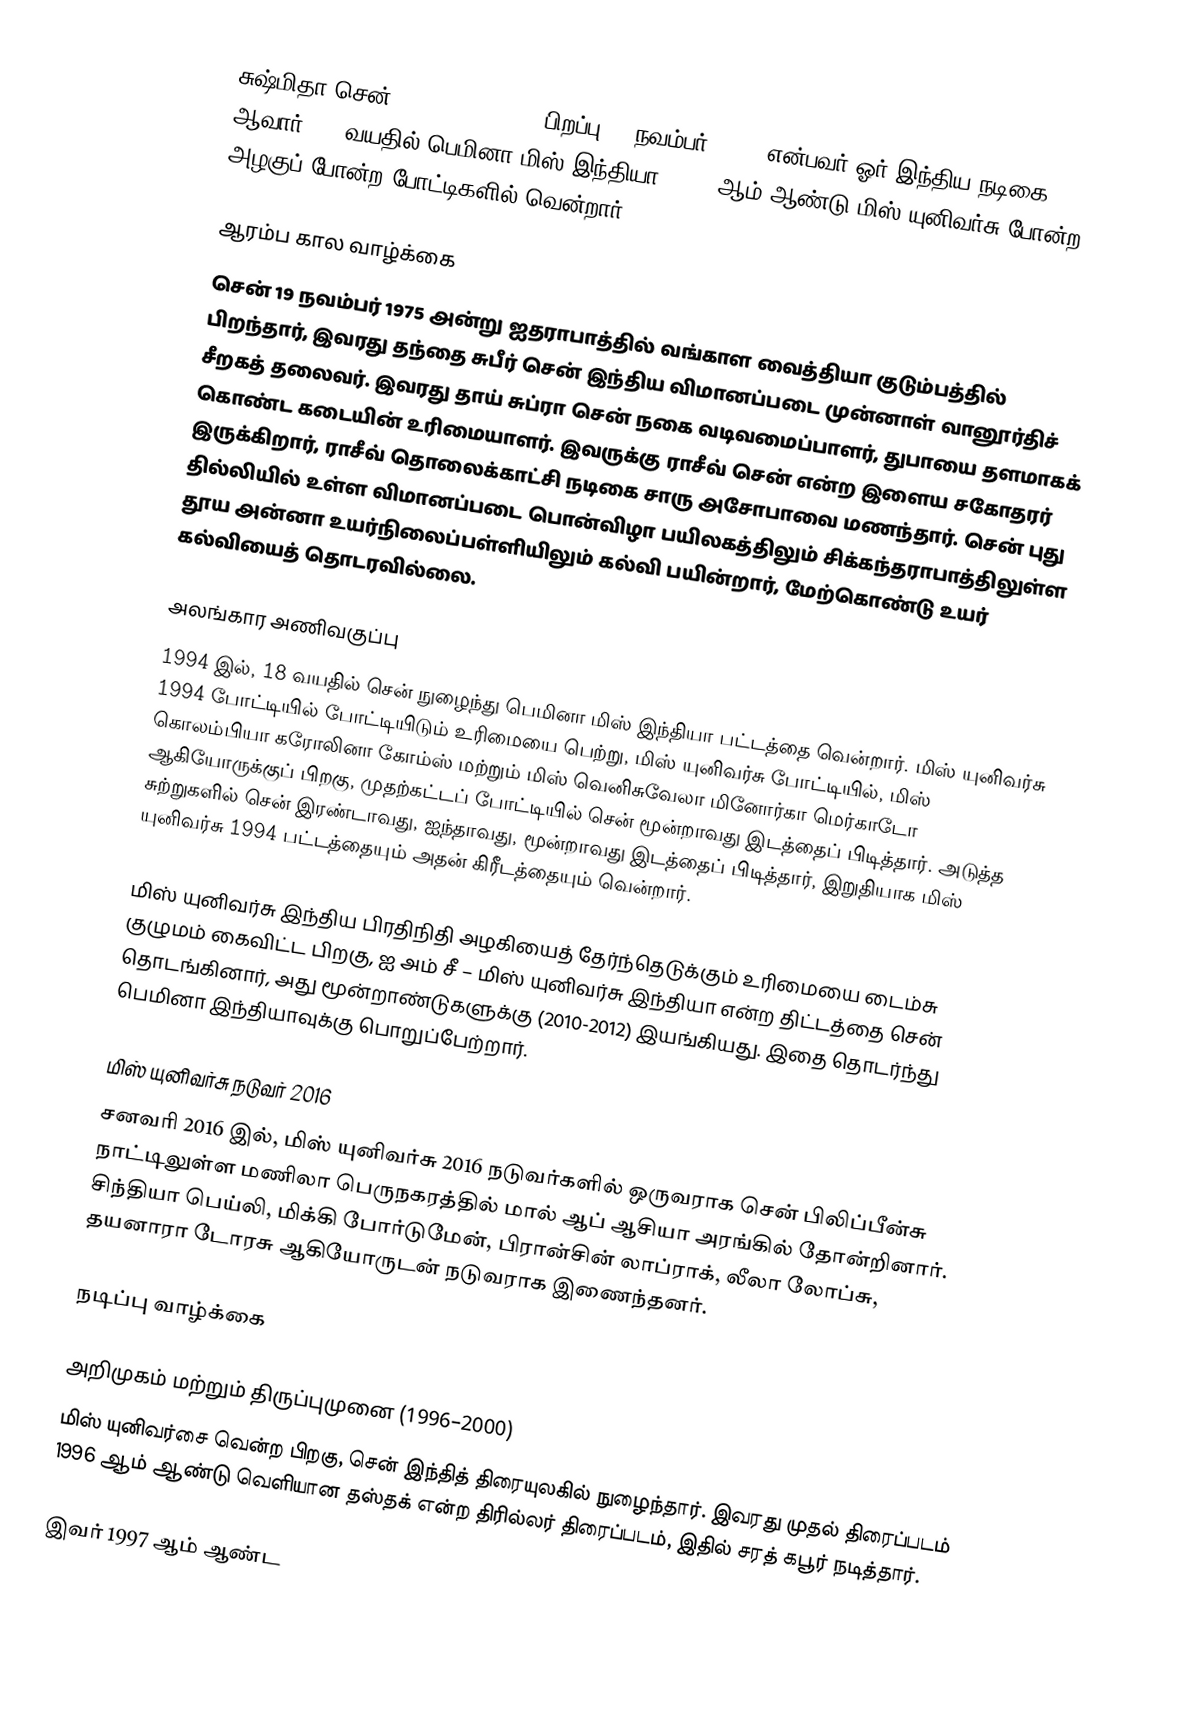
சுஷ்மிதா சென் (Sushmita Sen; , பிறப்பு 19 நவம்பர் 1975) என்பவர் ஓர் இந்திய நடிகை ஆவார். 18 வயதில் பெமினா மிஸ் இந்தியா, 1994 ஆம் ஆண்டு மிஸ் யுனிவர்சு போன்ற அழகுப் போன்ற போட்டிகளில் வென்றார்.

ஆரம்ப கால வாழ்க்கை
சென் 19 நவம்பர் 1975 அன்று ஐதராபாத்தில் வங்காள வைத்தியா குடும்பத்தில் பிறந்தார், இவரது தந்தை சுபீர் சென் இந்திய விமானப்படை முன்னாள் வானூர்திச் சீறகத் தலைவர். இவரது தாய் சுப்ரா சென் நகை வடிவமைப்பாளர், துபாயை தளமாகக் கொண்ட கடையின் உரிமையாளர். இவருக்கு ராசீவ் சென் என்ற இளைய சகோதரர் இருக்கிறார், ராசீவ் தொலைக்காட்சி நடிகை சாரு அசோபாவை மணந்தார். சென் புது தில்லியில் உள்ள விமானப்படை பொன்விழா பயிலகத்திலும் சிக்கந்தராபாத்திலுள்ள தூய அன்னா உயர்நிலைப்பள்ளியிலும் கல்வி பயின்றார், மேற்கொண்டு உயர் கல்வியைத் தொடரவில்லை.

அலங்கார அணிவகுப்பு
1994 இல், 18 வயதில் சென் நுழைந்து பெமினா மிஸ் இந்தியா பட்டத்தை வென்றார். மிஸ் யுனிவர்சு 1994 போட்டியில் போட்டியிடும் உரிமையை பெற்று, மிஸ் யுனிவர்சு போட்டியில், மிஸ் கொலம்பியா கரோலினா கோம்ஸ் மற்றும் மிஸ் வெனிசுவேலா மினோர்கா மெர்காடோ ஆகியோருக்குப் பிறகு, முதற்கட்டப் போட்டியில் சென் மூன்றாவது இடத்தைப் பிடித்தார். அடுத்த சுற்றுகளில் சென் இரண்டாவது, ஐந்தாவது, மூன்றாவது இடத்தைப் பிடித்தார், இறுதியாக மிஸ் யுனிவர்சு 1994 பட்டத்தையும் அதன் கிரீடத்தையும் வென்றார்.

மிஸ் யுனிவர்சு இந்திய பிரதிநிதி அழகியைத் தேர்ந்தெடுக்கும் உரிமையை டைம்சு குழுமம் கைவிட்ட பிறகு, ஐ அம் சீ – மிஸ் யுனிவர்சு இந்தியா என்ற திட்டத்தை சென் தொடங்கினார், அது மூன்றாண்டுகளுக்கு (2010-2012) இயங்கியது. இதை தொடர்ந்து பெமினா இந்தியாவுக்கு பொறுப்பேற்றார்.

மிஸ் யுனிவர்சு நடுவர் 2016
சனவரி 2016 இல், மிஸ் யுனிவர்சு 2016 நடுவர்களில் ஒருவராக சென் பிலிப்பீன்சு நாட்டிலுள்ள மணிலா பெருநகரத்தில் மால் ஆப் ஆசியா அரங்கில் தோன்றினார். சிந்தியா பெய்லி, மிக்கி போர்டுமேன், பிரான்சின் லாப்ராக், லீலா லோப்சு, தயனாரா டோரசு ஆகியோருடன் நடுவராக இணைந்தனர்.

நடிப்பு வாழ்க்கை

அறிமுகம் மற்றும் திருப்புமுனை (1996–2000)
மிஸ் யுனிவர்சை வென்ற பிறகு, சென் இந்தித் திரையுலகில் நுழைந்தார். இவரது முதல் திரைப்படம் 1996 ஆம் ஆண்டு வெளியான தஸ்தக் என்ற திரில்லர் திரைப்படம், இதில் சரத் கபூர் நடித்தார்.

இவர் 1997 ஆம் ஆண்ட